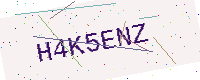
Text: H4K5ENZ